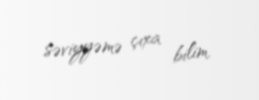
səviyyəmə çıxa bilim.